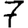
Digit: 7